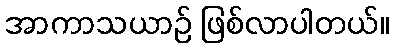
အာကာသယာဉ် ဖြစ်လာပါတယ်။